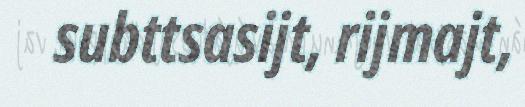
subttsasijt, rijmajt,